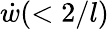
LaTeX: \dot{w}(<2/l)